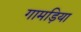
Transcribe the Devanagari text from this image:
गामड़िया